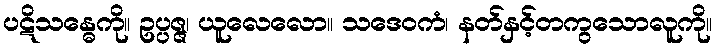
ပဋိသန္ဓေကို။ ဥပ္ပဇ္ဇ၊ ယူလေလော။ သဒေဝကံ၊ နတ်နှင့်တကွသောလူကို။